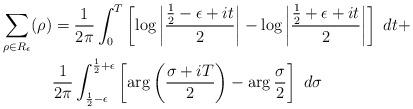
LaTeX: \begin{align*}\sum_{\rho\in R_\epsilon} (\rho)&=\frac{1}{2\pi } \int_{0}^{T}\left[\log \left| \frac{\frac{1}{2}-\epsilon+it}{2}\right|-\log \left|\frac{\frac{1}{2}+\epsilon+it}{2}\right|\right]\ dt+\\ &\frac{1}{2\pi} \int_{\frac{1}{2}-\epsilon}^{\frac{1}{2}+\epsilon} \left[\arg \left(\frac{\sigma+iT}{2}\right)-\arg \frac{\sigma}{2}\right]\ d\sigma \end{align*}